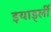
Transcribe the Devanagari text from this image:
इयार्ड्ली